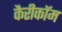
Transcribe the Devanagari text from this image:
कैरीकॉम